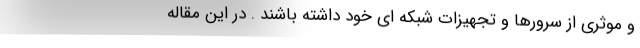
و موثری از سرورها و تجهیزات شبکه ای خود داشته باشند . در این مقاله